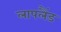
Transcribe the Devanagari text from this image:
लापलैंड